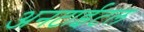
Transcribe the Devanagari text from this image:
अनटाईटल